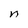
Character: n